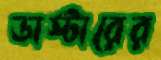
ডাস্টারের